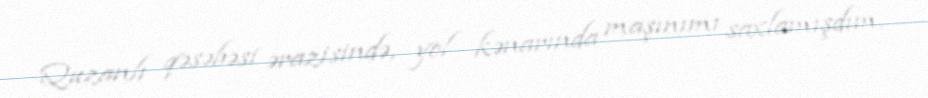
Quzanlı qəsəbəsi ərazisində, yol kənarında maşınımı saxlamışdım.